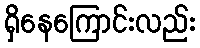
ရှိနေကြောင်းလည်း